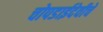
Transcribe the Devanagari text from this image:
चोपडाईदेवीचे